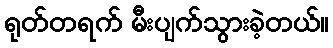
ရုတ်တရက် မီးပျက်သွားခဲ့တယ်။